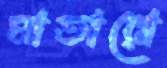
মাতারো